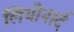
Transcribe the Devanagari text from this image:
लियोनार्द